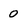
Character: 0